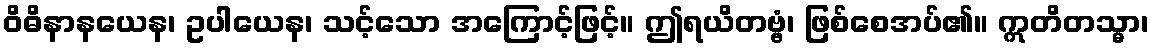
ဝိဓိနာနယေန၊ ဥပါယေန၊ သင့်သော အကြောင့်ဖြင့်။ ဤရယိတဗ္ဗံ၊ ဖြစ်စေအပ်၏။ ဣတိတသ္မာ၊